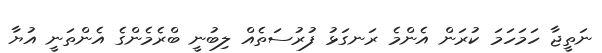
ނަތީޖާ ހަމަހަމަ ކުރަން އެންމެ ރަނގަޅު ފުރުސަތެއް ލިބުނީ ބްރެމެންގެ އެންތަނީ އުޔާ